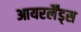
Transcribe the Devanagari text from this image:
आयरर्लैंड्स